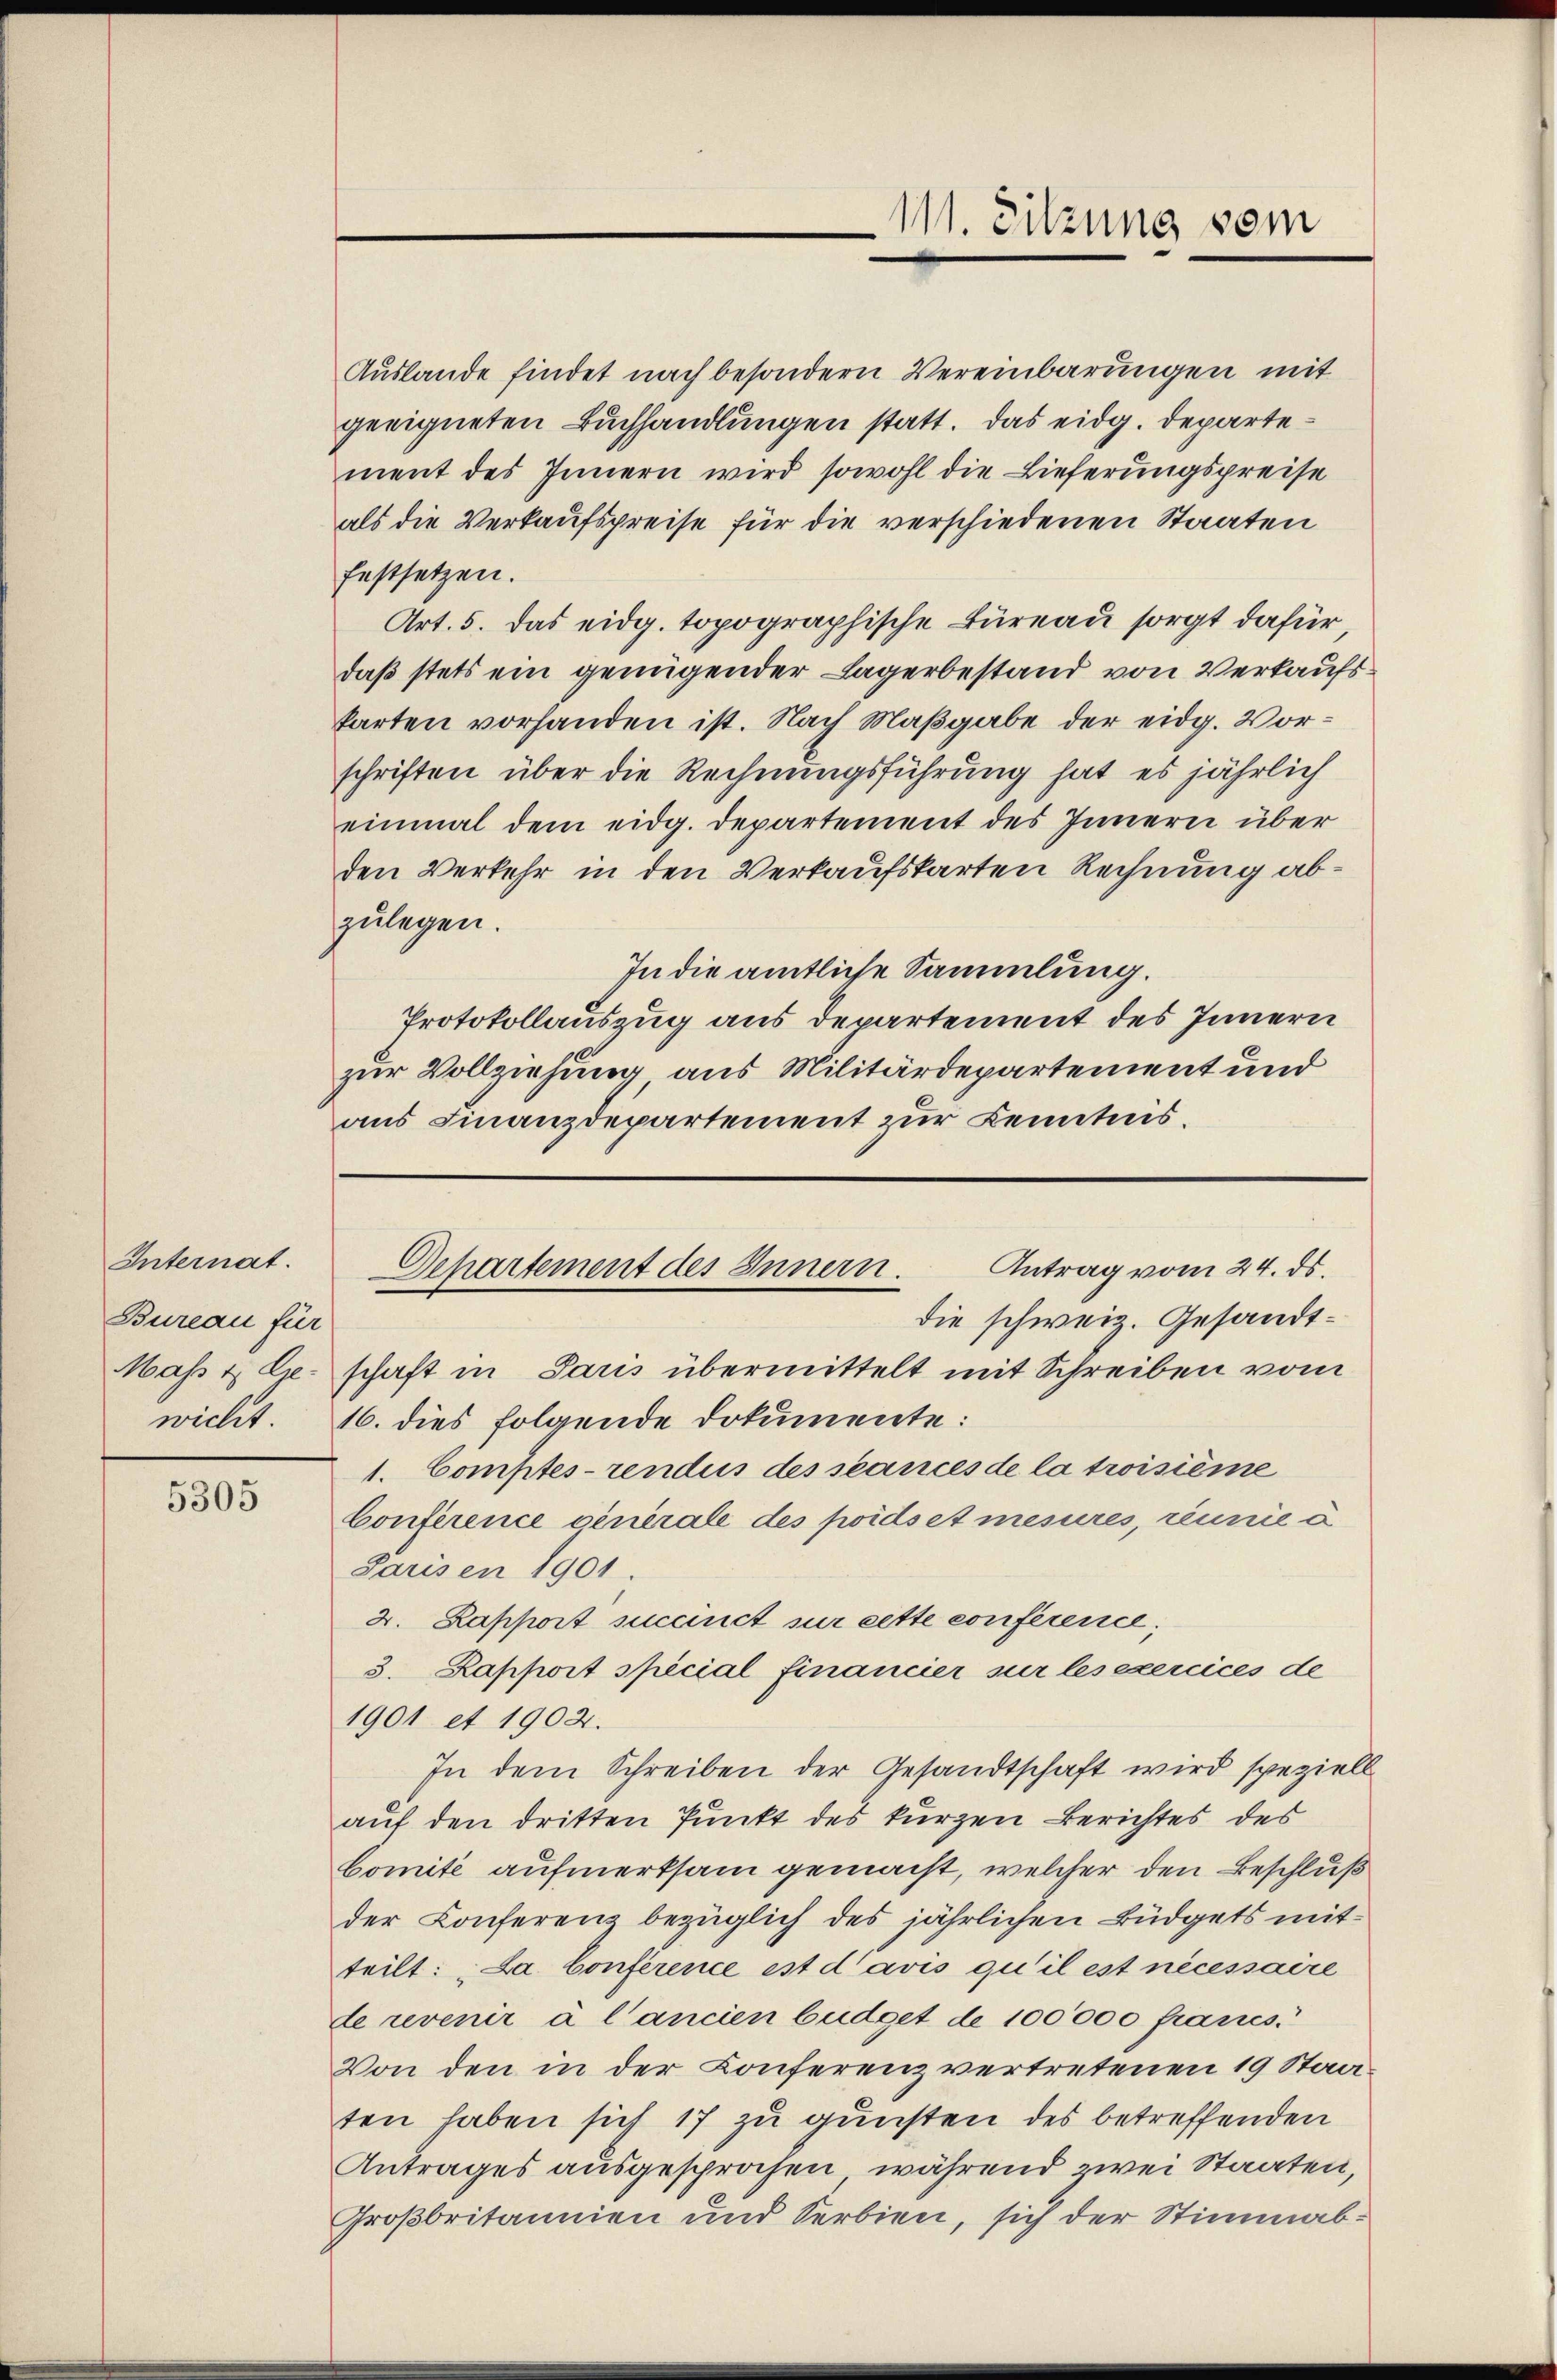
Internat.
Bureau für
Maß z
wicht

5305

Auslande findet nach besondern Vereinbarungen mit
geeigneten Buchhandlungen statt. Das eidg. Departement des Innern wird sowohl die Lieferungspreise
als die Verkaufspreise für die verschiedenen Staaten
festsetzen.
Art. 5. Das eidg. topographische Büreau sorgt dafür
daß stets ein genügender Lagerbestand von Verkaufskarten vorhanden ist. Nach Maßgabe der eidg. Vorschriften über die Rechnungsführung hat es jährlich
einmal dem eidg. Departement des Innern über
den Verkehr in den Verkaufskarten Rechnung abzulegen.
In die amtliche Sammlung.
Protokollauszug aus Departement des Innern
zur Vollziehung aus Militärdepartement und
aus Finanzdepartement zur Kenntnis.

111. Sitzung vom

die schweiz. Gesandtschaft in Paris übermittelt mit Schreiben vom
16. dies folgende Dokumente:
1. Comptes-rendus des séances de la troisième
Conference generale des poids et mesures, rennie a
Parisen 1901.
2. Rapport succinct sur cette conference,
3. Rapport special financier sur les exercices de
1901 et 1902.
In dem Schreiben der Gesandtschaft wird speziell
auf den dritten Punkt des kurzen Berichtes des
bomité aufmerksam gemacht, welcher den Beschluß
der Conferenz bezüglich des jährlichen Büdgets mitteilt: „Da Conference ist davis qu’il est nécessaire
de revenir à l’ancien büdget de 100,000 francs.
Von den in der Conferenz vertretenen 19 Staaten haben sich 17 zu gunsten des betreffenden
Antrages ausgesprochen, während zwei Staaten,
Großbritannien und Serbien, sich der Stimmab¬

Antrag vom 24. ds.
Gehartement des Innern.